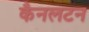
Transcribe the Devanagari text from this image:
कैनलटन